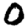
Digit: 0